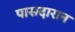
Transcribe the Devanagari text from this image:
पासदारान